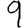
Digit: 9